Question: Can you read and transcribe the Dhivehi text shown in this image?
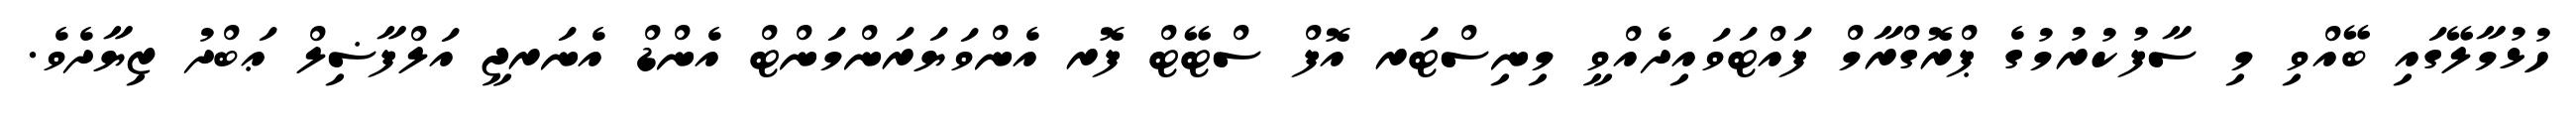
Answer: ހުޅުމާލޭގައި ބޭއްވި މި ސާފުކުރުމުގެ ޕްރޮގްރާމް ފައްޓަވައިދެއްވީ މިނިސްޓަރ އޮފް ސްޓޭޓް ފޮރ އެންވަޔަރަންމަންޓް އެންޑް އެނަރޖީ އަލްފާޟިލް ޢަބްދު ޒިޔާދެވެ.